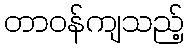
တာဝန်ကျသည့်